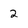
Character: 2